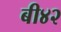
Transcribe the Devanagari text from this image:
बी४२